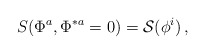
\begin{align*} S(\Phi^a,\Phi^{\ast a}= 0)= {\cal S} (\phi^{i} )\, ,\end{align*}